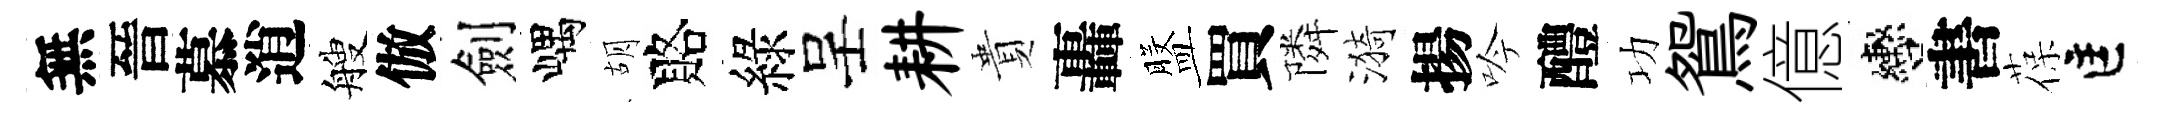
無晉慕逍艘倣劍嵎胡賂綠呈耕貴轟盤買隣漪揚吟醴功鴛億轡書葆匡